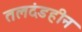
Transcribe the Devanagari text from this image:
तलदंडहीन